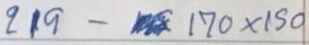
219 - 170 x 150